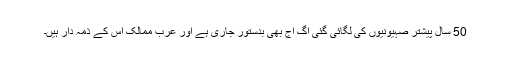
50 سال پیشتر صہیونیوں کی لگائی گئی آگ آج بھی بدستور جاری ہے اور عرب ممالک اس کے ذمہ دار ہیں۔